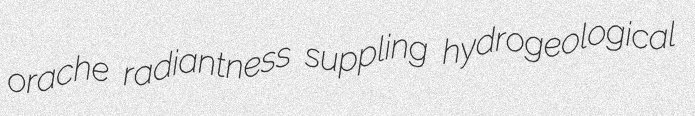
orache radiantness suppling hydrogeological